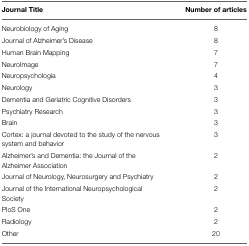
<table><thead><tr><td><b>Journal Title</b></td><td><b>Number of articles</b></td></tr></thead><tbody><tr><td>Neurobiology of Aging</td><td>8</td></tr><tr><td>Journal of Alzheimer&#x27;s Disease</td><td>8</td></tr><tr><td>Human Brain Mapping</td><td>7</td></tr><tr><td>NeuroImage</td><td>7</td></tr><tr><td>Neuropsychologia</td><td>4</td></tr><tr><td>Neurology</td><td>3</td></tr><tr><td>Dementia and Geriatric Cognitive Disorders</td><td>3</td></tr><tr><td>Psychiatry Research</td><td>3</td></tr><tr><td>Brain</td><td>3</td></tr><tr><td>Cortex: a journal devoted to the study of the nervous system and behavior</td><td>3</td></tr><tr><td>Alzheimer&#x27;s and Dementia: the Journal of the Alzheimer Association</td><td>2</td></tr><tr><td>Journal of Neurology, Neurosurgery and Psychiatry</td><td>2</td></tr><tr><td>Journal of the International Neuropsychological Society</td><td>2</td></tr><tr><td>PloS One</td><td>2</td></tr><tr><td>Radiology</td><td>2</td></tr><tr><td>Other</td><td>20</td></tr></tbody></table>